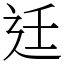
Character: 𨑳